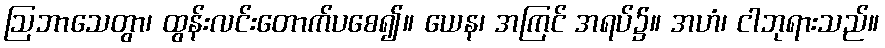
ဩဘာသေတွာ၊ ထွန်းလင်းတောက်ပစေ၍။ ယေန၊ အကြင် အရပ်၌။ အဟံ၊ ငါဘုရားသည်။